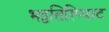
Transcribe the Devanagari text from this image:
भट्टतिरिप्पाट